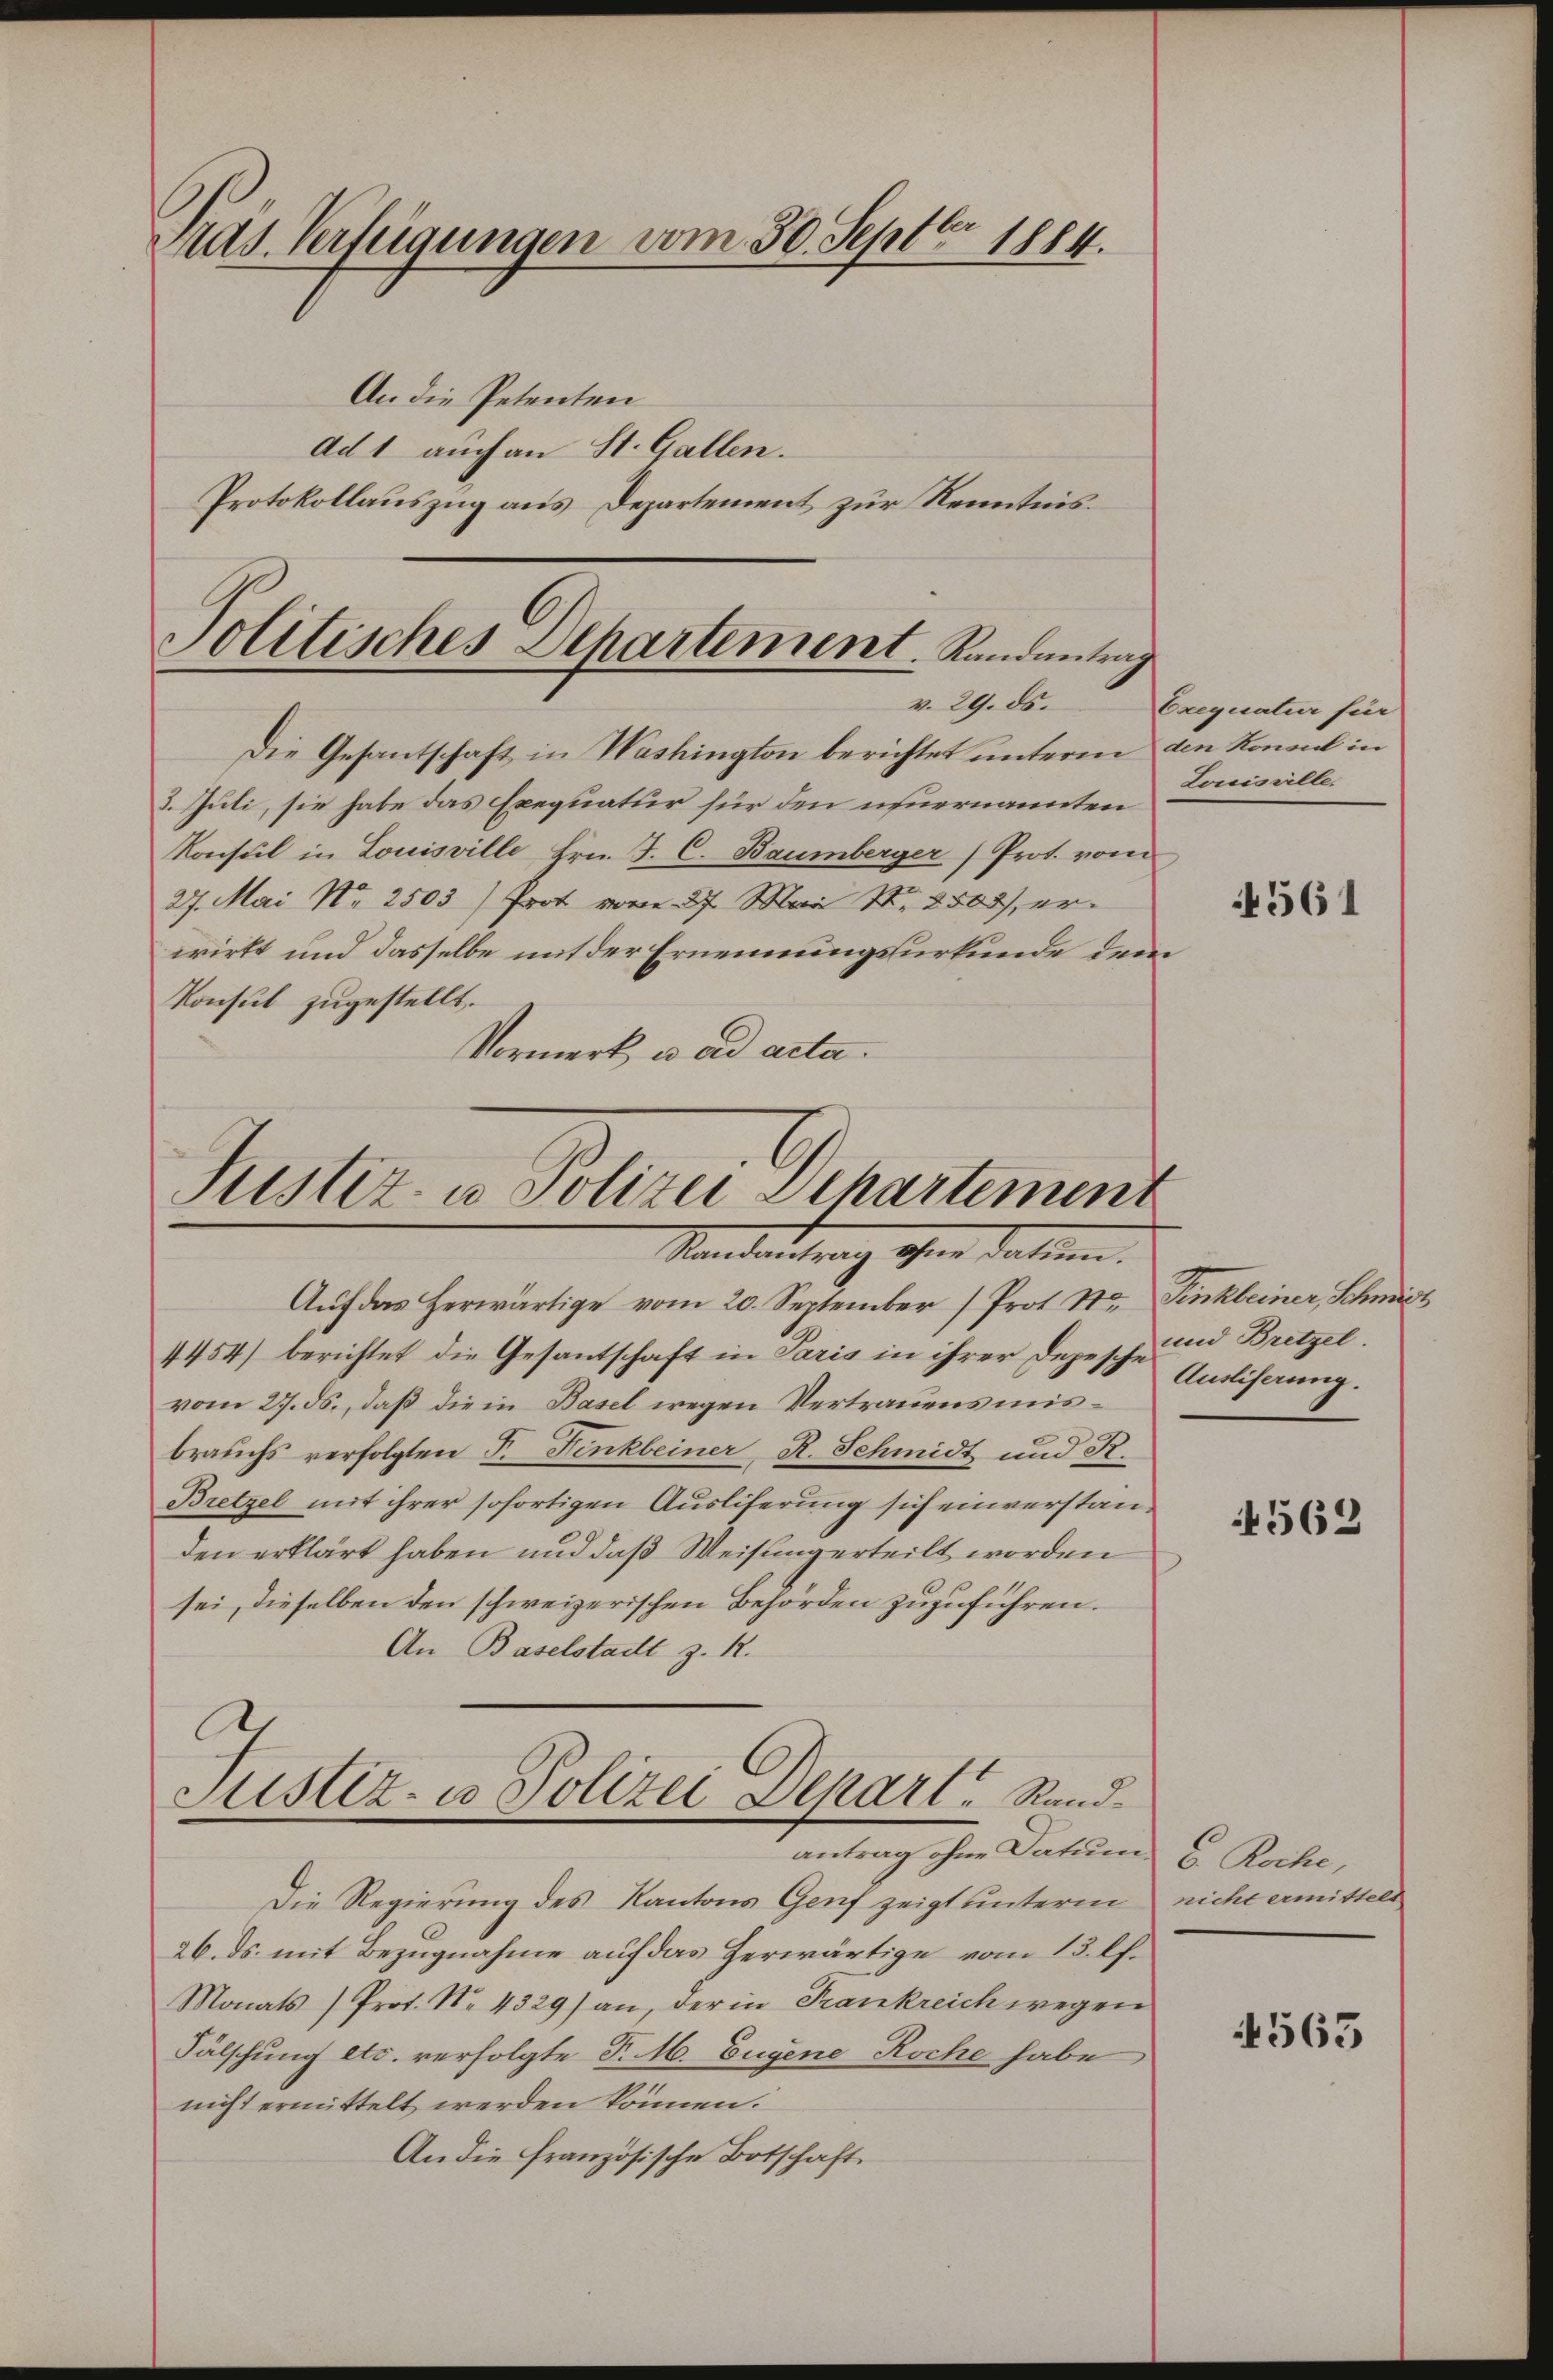
Add. Verfügungen vom 30. Septbr 1884.
An die Petenten
Ad 1 auch an St. Gallen.
Protokollauszug aus Departement zur Kenntnis.

Politisches Departement. Randantrag
v. 29. ds.

Die Gesantschaft in Washington berichtet unterm den Konsul in
3. Juli, sie habe das Exequatur für den neuernannten Lacisalte
Konsul in Louisville Hrn. F. C. Baumberger Prot. vom
27. Mai Nr. 2503) Prot vom 27. Mai N. 2505), erwirkt und dasselbe mit der Ernennungsurkunde dem
Konsul zugestellt.
Vormerk, wo ad acta.

Auf das Herwärtige vom 20. September (Prot. So Finkleiner, Schmidt
4454) berichtet die Gesantschaft in Paris in ihrer Depesch und Bretzel.
vom 27. ds., daß die in Basel wegen Vertrauensmisbrauchs verfolgten F. Finkbeiner, R. Schmidt und R.
Bretzel mit ihrer sofortigen Auslieferung sich einverstanden erklärt haben und daß Weisung erteilt worden
sei, dieselben den schweizerischen Behörden zuzuführen.
An Baselstadt z. R.
Justiz- u Polizei Depart. Sandantrag ohne Datum 6. Roche,
Die Regierung des Kantons Genf zeigt unterm
26. ds. mit Bezugnahme auf das herwärtige vom 13. lf.
Monats (Prot. N. 4329) an, der in Frankreich wegen
Fälschung etc. verfolgte P. M. Eugene Roche habe,
nicht ermittelt werden können.
An die französische Botschaft

Justiz- u Polizei Departement
Standentrag ohne dation.

Exequatuor für

4561

Ausliserung.

4562

nicht ermittelt

563